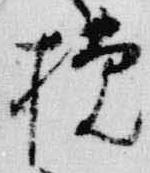
挽